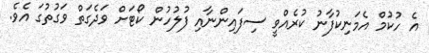
އެ ހުކުމް އެމަނިކުފާނު ކުރެއްވީ ސިފައިންނާއި ފުލުހުން ކޯޓަށް ވަދެގަތް ވަގުތުގަ އެވެ.